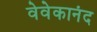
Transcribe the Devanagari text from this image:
वेवेकानंद